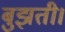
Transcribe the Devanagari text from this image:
बुझती।